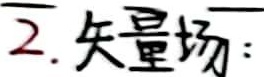
2. 矢量场：